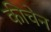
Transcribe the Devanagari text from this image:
कीचेन